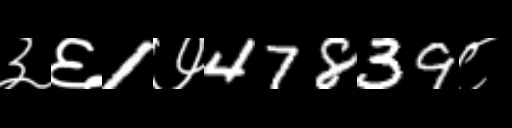
Text: ३६1७47839८